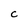
Character: C